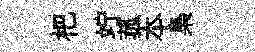
杷竚菰夲梟